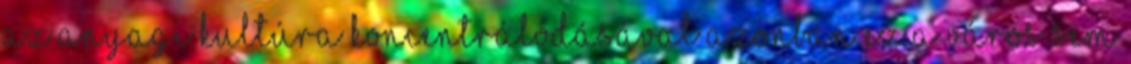
az anyagi kultúra koncentrálódásával azonban ez a város sem